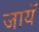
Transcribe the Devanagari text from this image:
जायॅ